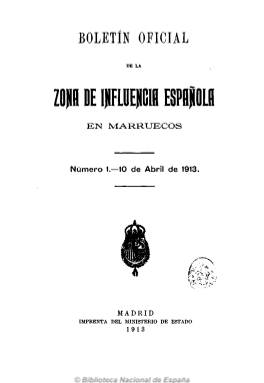
Título: Boletín oficial de la zona de influencia española en Marruecos
Colección: África
Ámbito geográfico: Madrid
Lugar de publicación: Madrid
Fechas: 10/04/1913-25/12/1918

Publicación oficial del Protectorado español en Marruecos, de periodicidad bimensual y paginación variada, impresa en Madrid. Contiene nombramientos oficiales, reales decretos y órdenes, convenios internacionales, ordenanzas, instrucciones, edictos, declaraciones oficiales, requisitorias, subastas, estadísticas, estudios y noticias, entre estas las referentes a los congresos africanistas.

El número uno incluye tres mapas. Publica índices al final de cada número así como anuales. Es continuado por Boletín oficial de la zona del protectorado español en Marruecos.